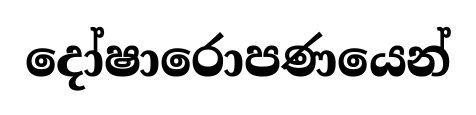
දෝෂාරොපණයෙන්